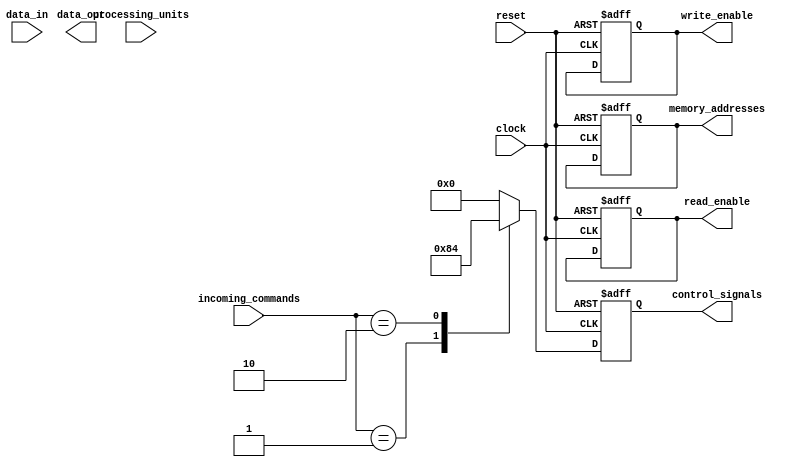
module memory_controller (
    input wire [7:0] incoming_commands,
    output reg [3:0] control_signals,
    output reg [15:0] memory_addresses,
    input wire [15:0] data_in,
    output reg [15:0] data_out,
    input wire [1:0] processing_units,
    output reg read_enable,
    output reg write_enable,
    input wire clock,
    input wire reset
);

// Command decoder
always @ (posedge clock or posedge reset) begin
    if (reset) begin
        control_signals <= 4'b0;
    end else begin
        case (incoming_commands)
            8'h01: control_signals <= 4'b1000; // Read operation
            8'h02: control_signals <= 4'b0100; // Write operation
            // Add more cases for other operations if needed
            default: control_signals <= 4'b0000;
        endcase
    end
end

// Address generator
always @ (posedge clock or posedge reset) begin
    if (reset) begin
        memory_addresses <= 16'h0000;
    end else begin
        case (incoming_commands)
            // Generate memory addresses based on commands and data
            // Add implementation details here
        endcase
    end
end

// Data buffer
reg [15:0] data_buffer;
always @ (posedge clock or posedge reset) begin
    if (reset) begin
        data_buffer <= 16'h0000;
    end else begin
        case (control_signals)
            4'b0010: data_buffer <= data_in; // Store incoming data for write operation
            // Add more cases for other operations if needed
            default: data_buffer <= 16'h0000;
        endcase
    end
end

// Arbitration logic
always @ (posedge clock or posedge reset) begin
    if (reset) begin
        read_enable <= 0;
        write_enable <= 0;
    end else begin
        // Implement conflict resolution and operation scheduling logic here
    end
end

// Error detection and correction
// Add error detection and correction logic here

endmodule